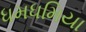
ધમધમિયા